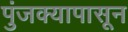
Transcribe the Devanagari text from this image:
पुंजक्यापासून